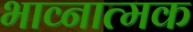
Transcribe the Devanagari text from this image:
भाव्नात्मक